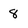
Character: 8